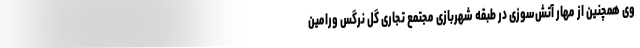
وی همچنین از مهار آتش‌سوزی در طبقه شهربازی مجتمع تجاری گل نرگس ورامین